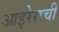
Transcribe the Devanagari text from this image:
आइरेसची